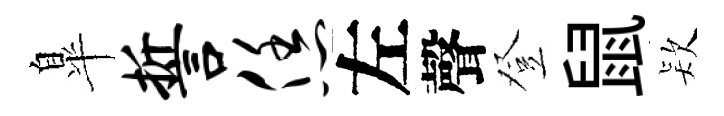
臯誓恁左聲登鼠𣣇